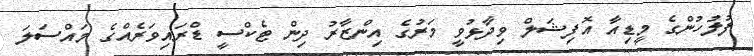
ފުލުހުންގެ މީޑިއާ އޮފިޝަލް ވިދާޅުވީ މަރުގެ އިންޒާރު ދިން ޓެކްސީ ޑްރައިވަރެއްގެ މައްސަލަ